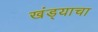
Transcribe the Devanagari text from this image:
खंड्याचा